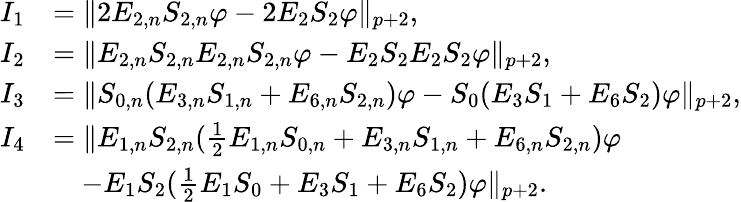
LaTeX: \begin{array}{rl}{I_{1}}&{=\| 2E_{2,n}S_{2,n}\varphi-2E_{2}S_{2}\varphi\| _{p+2},}\\ {I_{2}}&{=\| E_{2,n}S_{2,n}E_{2,n}S_{2,n}\varphi-E_{2}S_{2}E_{2}S_{2}\varphi\| _{p+2},}\\ {I_{3}}&{=\| S_{0,n}(E_{3,n}S_{1,n}+E_{6,n}S_{2,n})\varphi-S_{0}(E_{3}S_{1}+E_{6}S_{2})\varphi\| _{p+2},}\\ {I_{4}}&{=\| E_{1,n}S_{2,n}(\frac{1}{2}E_{1,n}S_{0,n}+E_{3,n}S_{1,n}+E_{6,n}S_{2,n})\varphi}\\ &{\quad-E_{1}S_{2}(\frac{1}{2}E_{1}S_{0}+E_{3}S_{1}+E_{6}S_{2})\varphi\| _{p+2}.}\end{array}